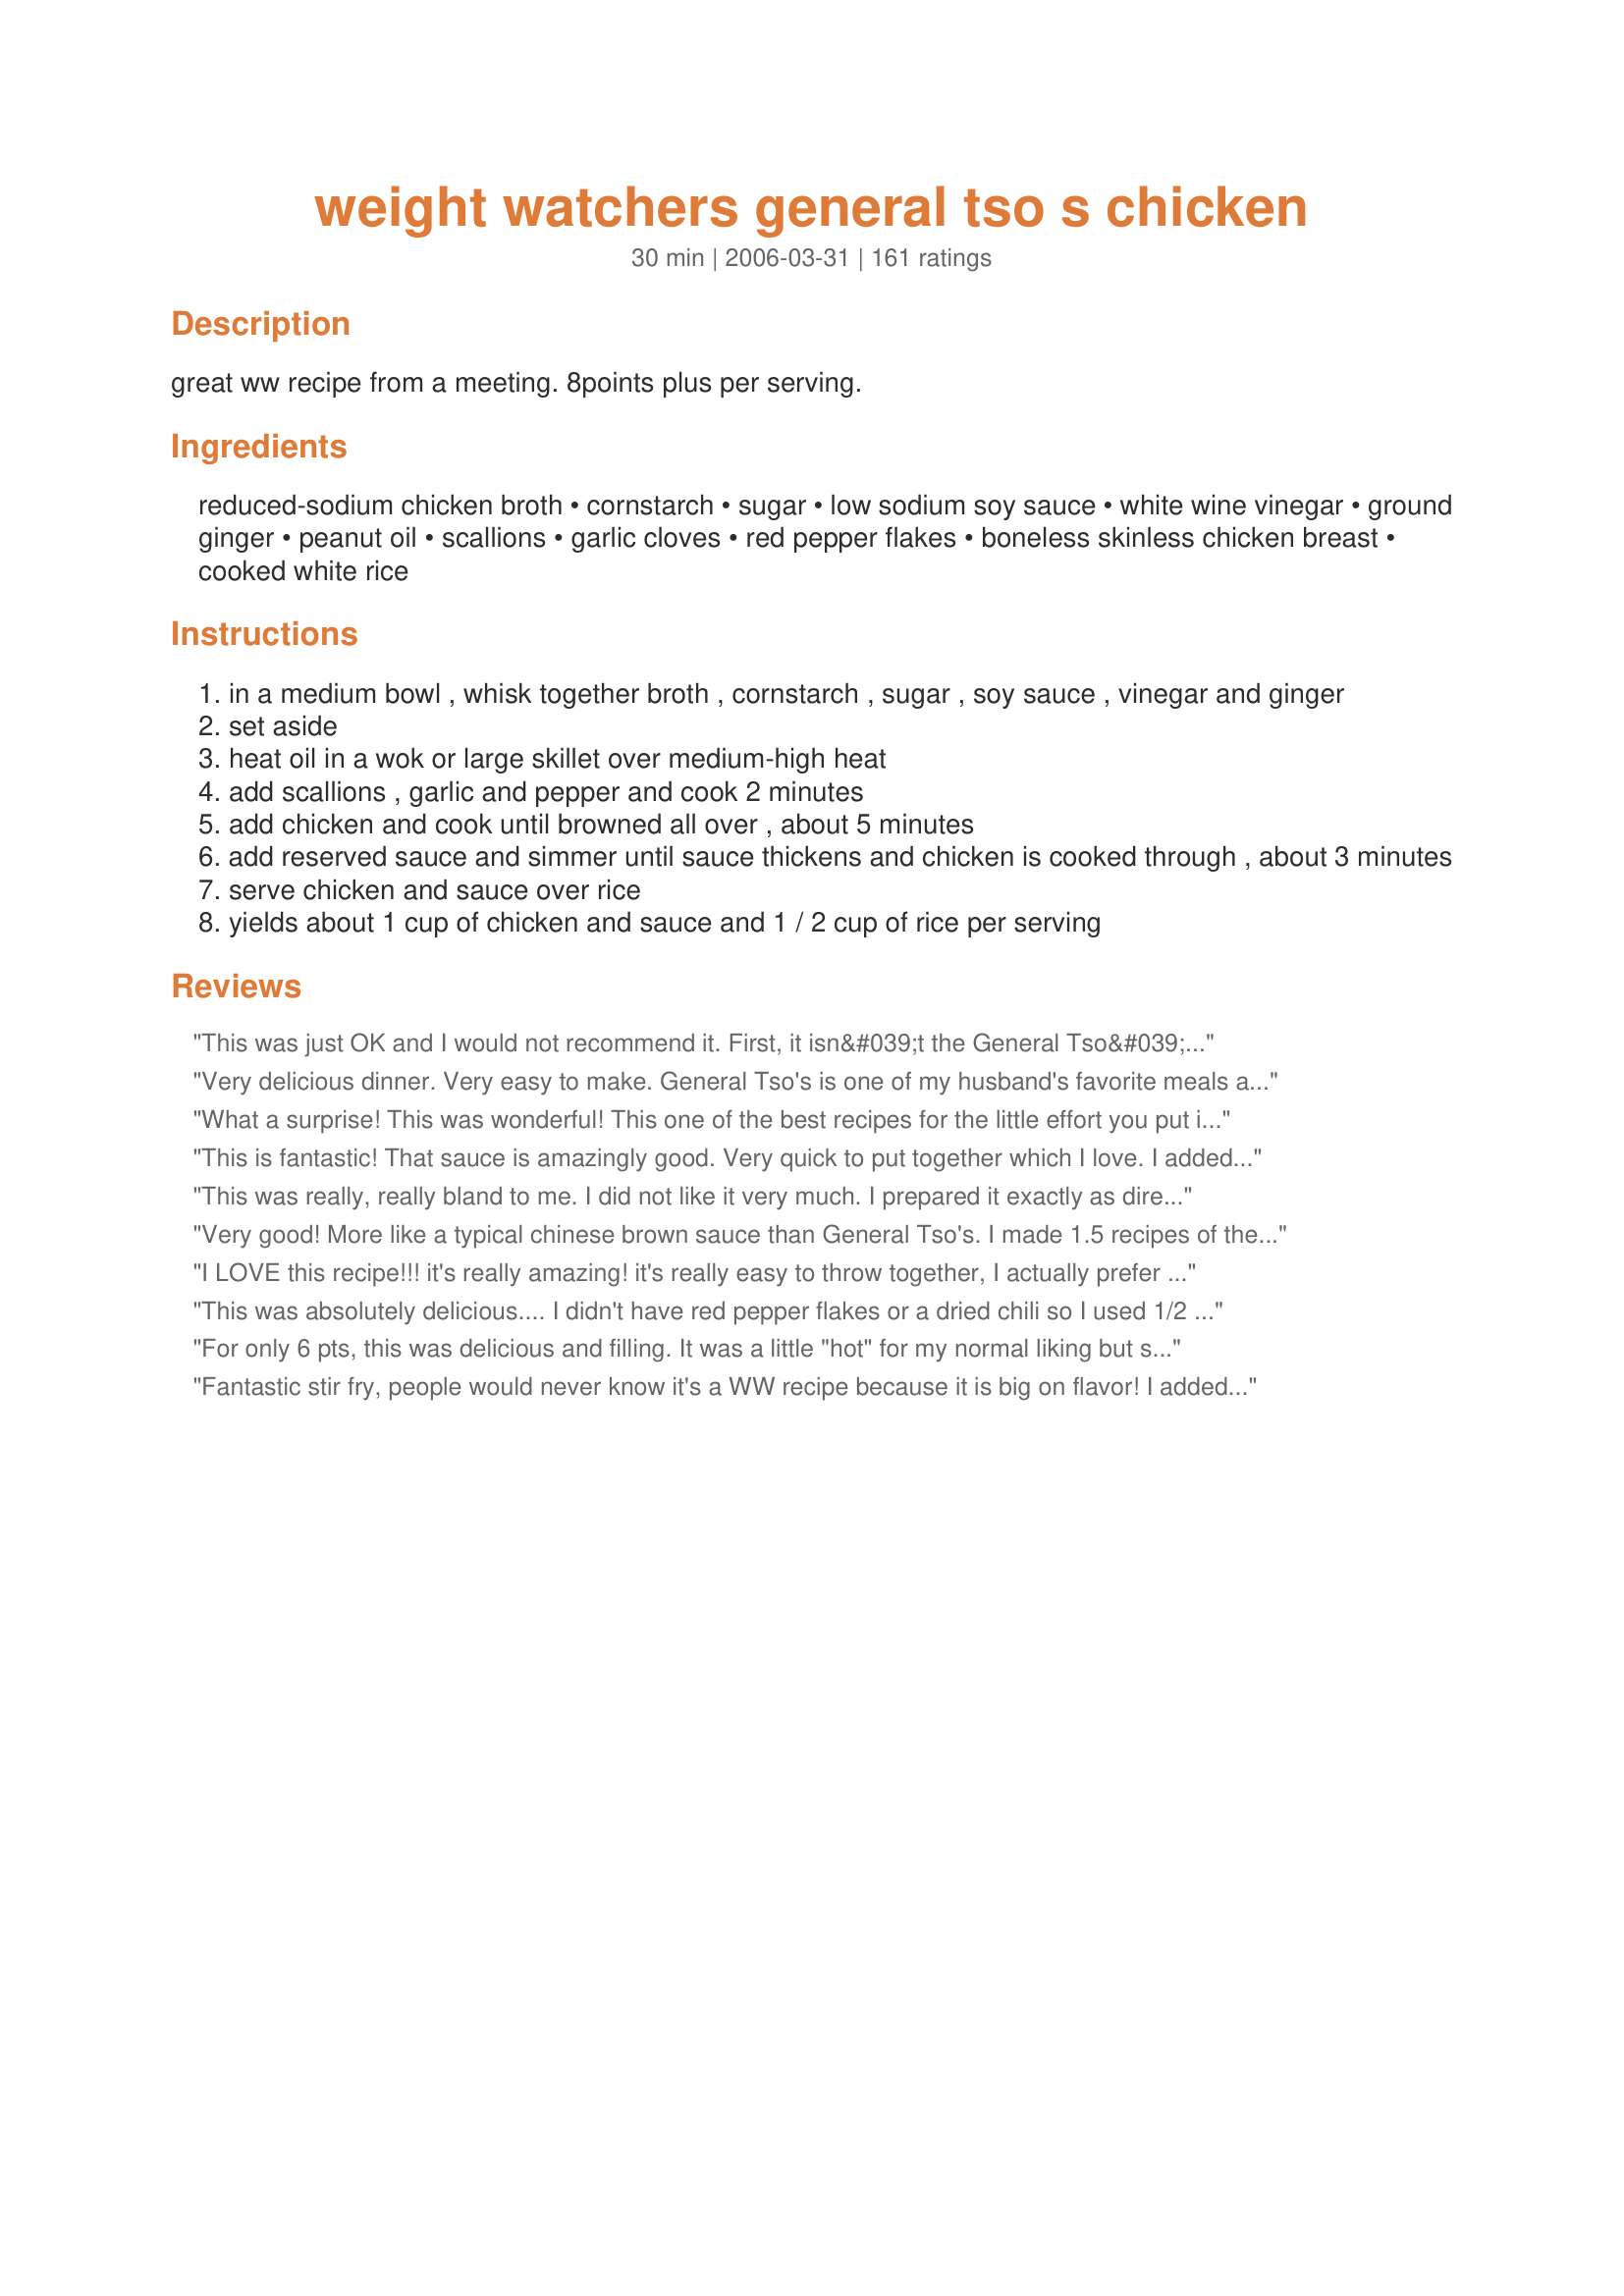
weight watchers general tso s chicken
Preparation time: 30 minutes

great ww recipe from a meeting. 8points plus per serving.

Ingredients:
reduced-sodium chicken broth, cornstarch, sugar, low sodium soy sauce, white wine vinegar, ground ginger, peanut oil, scallions, garlic cloves, red pepper flakes, boneless skinless chicken breast, cooked white rice

Steps:
in a medium bowl , whisk together broth , cornstarch , sugar , soy sauce , vinegar and ginger
set aside
heat oil in a wok or large skillet over medium-high heat
add scallions , garlic and pepper and cook 2 minutes
add chicken and cook until browned all over , about 5 minutes
add reserved sauce and simmer until sauce thickens and chicken is cooked through , about 3 minutes
serve chicken and sauce over rice
yields about 1 cup of chicken and sauce and 1 / 2 cup of rice per serving

Reviews:
This was just OK and I would not recommend it. First, it isn&#039;t the General Tso&#039;s you&#039;re craving. It tastes like chicken with a chinese flavoring, but that&#039;s about it. There&#039;s a serious lack of flavor though and I will not be making it again. &lt;br/&gt;&lt;br/&gt;If you&#039;re craving Chinese, you&#039;re better off going with a szechuan chicken recipe from this site (sans the frying portion - saute instead) or one of those flavoring packets you can get at the grocery store.
Very delicious dinner. Very easy to make. General Tso's is one of my husband's favorite meals and he enjoyed it very much. Thanks xpnsve for a great weekday dinner idea.
What a surprise! This was wonderful! This one of the best recipes for the little effort you put in it. I doubled the sauce. I may triple the sauce next time b/c we are saucy people.
This is fantastic! That sauce is amazingly good. Very quick to put together which I love. I added organic carrots and some broccoli and served it over brown rice! It's a keeper :)
This was really, really bland to me. I did not like it very much. I prepared it exactly as directed. It just really lacked the 'punch' I have come to know and love from genuine General Tso's sauce. The reason I am giving it a "liked it" review is because I sprinkled the red pepper flakes on mine at the end so I could give my kids some that wasn't spicy. However, even with that taken into account the underlying sauce also very much lacked in flavor. Sorry!
Very good! More like a typical chinese brown sauce than General Tso's. I made 1.5 recipes of the sauce and added two heads of broccoli and served it with brown rice instead. Very tasty!! Great way to get a healthy, Chinese fix at home!
I LOVE this recipe!!! it's really amazing! it's really easy to throw together, I actually prefer it without scallions and fewer red pepper flakes, but that's just me! I have already make it a few times! it's in the front of my cookbook
This was absolutely delicious....
I didn't have red pepper flakes or a dried chili so I used 1/2 tsp of cayenne pepper instead. It had a good kick to it. I will try it next time as written. Well deserving of the 5 stars!!
For only 6 pts, this was delicious and filling. It was a little "hot" for my normal liking but something I am willing to live with....And, the picky husband liked it. So, overall, it's a keeper!
Fantastic stir fry, people would never know it's a WW recipe because it is big on flavor! I added steamed broccoli to the chicken at the end just before serving and served it over brown rice. Thanks for posting.
I made this recipe two weeks ago and am making it again tonight. I can't believe how easy is to make, and it tastes excellent. My husband loved it, and doesn't care that it is a WW recipe since it tastes so good. Thanks Helluvawoman!!!!
W-O-W! I would give this 10 stars! This is soooo so good!I absolutely loved it! Thanks for the wonderful recipe! I'll definitely be eating this often. MY husband loved it, and my 19 month old ate more than I did! Mmmm can't wait to have this again! I didn't change anything except I used vegetable broth (only 15 calories per 1c), and I used arrowroot starch instead of cornstarch (also a little lower in calories).. This would also be wonderful as a vegetarian meal! You could use tofu, or just a mixture of different stir fry vegetables (or both), yum!
The fam loved this one - Thanks !
I did not have the scallions and used 1/4 yellow onion instead. My husband said it still tasted like the real "General's Chicken" he loves. This is a keeper.
Amazing!!!! I loved the sauce so much that I doubled it and poured over noodles and made a General Tso's Lo Mein (if that is a possible combination!!) I didn't have scallions, so I used onions and added some red pepper and peas to it. WOW!! I am SO anxious to try it as written and over rice. Terrific Recipe!
Delicious!!! I will agree - this isn't like the General Tso's you get at a restaurant, and for that I am eternally grateful. "Real" General Tso's is usually gummy, overly sweet, and made with questionable meat. This has INCREDIBLE flavor and won't send you into a diabetic coma or cardiac arrest. The only adjustments I make are to decrease the red pepper to 1/4 tsp (I'm a weenie when it comes to heat - my husband just sprinkles more on his serving), and to serve it over brown rice. We prefer the flavor, and for those on WW - or just trying to eat better - it's better than white. This is in my keeper file and used frequently!
It's a nice dish but not what you would expect. I didn't quite get the dark color that was seen in the photo, and the chicken itself didn't get seasoned quite enough by following the cooking directions. I added broccoli though with great results, it's probably my favorite part of the dish!
Fantastic! I added some diced red bell peppers for a little more bulk, and increased the amount of red pepper flakes. I thought that one serving was enough food, but my husband wanted seconds. I actually liked that the sauce was as thick as it was, so I wouldn't recommend thinning it out.
i really liked this recipe. i used shrimp instead of chicken and substituted sugar with splenda to lower the points. it turned out great.
My two picky kids both liked this so this gets kudos from me. Good job!
This was okay. I did like the spiciness from the pepper. I mixed in some broccoli at the end.
This has great flavor! i did have a little problem with the sauce though, it didnt seem to get thick enough.Iam not sure why, i followed all the measurements exactly! (?) I only had a bite and i put the rest in the fridge yesterday for hubby's dinner(we work opposite shifts) well i havent asked him yet but i think he really liked it because when i got home today its all gone! :) I will definately be making this again and hopefully i will get a whole serving! lol. thanks for sharing!
My husband is a huge General Tso's fan and this low fat version is no different. He has even made it when I am not home to enjoy it. My daughter thinks it is great and I really enjoy it as well. Thank you so much for the recipe.
Incredible dish which I served over brown rice. I double checked the points and I came out with 8 points....so just beware. My DH and I were very impressed with this meal and will plan on doing it again and again!!! Thanks for the posting!
Points?
So good, by far the best thing to kill a chinese food craving. We will definatly be making this again, at least once or twice a month, *if not a week*
delicious and easy to make.
I thought this dish was really tasty, but I wouldn't call it General Tso's chicken. The sauce doesn't taste enough like General Tso's. That said, the sauce is good, I doulbed it and added broccoli, bell peppers, onions, and served with brown rice. I'll definitely be making it again.
This was quite good and easy to make. It was spicier than I expected it to be, but that's a good thing. I did not use low-sodium indredients, though. I usually find that food lacks in taste when I do. I didn't have white wine vinegar so I used rice vinegar.
I was hoping to make a lighter version of the general tsoa's I'm familiar with, but this was not sweet enough. I appreciate that this was weight watchers, but I might try this again with apple juice instead of the broth... and maybe more garlic and real peppers instead of the flakes.
This recipe tastes like teriyaki chicken and I enjoyed it. I changed out the suggested ingredients with sesame oil and rice wine vinegar and added 50% more chicken broth in the sauce. I also added microwave steamed mushrooms, carrots, and broccoli. Next time I'll add celery as well.
Great Substitute for the real thing! Quick and easy to make as well. If you like a little less spicy kick to it, just cut down the red pepper flakes.
Really good...made exactly as written except for I left out the dried chili. Tastes TOO good to be weight watchers...
I made this last night, and it was fantastic. (and easy) The fam kept going back to the wok until it was spotless. As a matter of fact, I've been looking for a really good Garlic Sauce recipe too, and I think if I just boost the garlic, and add a little honey it will be heaven for that too. Thanks!
This was so delicious. I will be making this one again and again. Thanks!!
Tasty!I don't know if I would quite call it General Tso's chicken but it definitely was a very yummy "ginger" chicken. It was nice to be able to make Chinese food on a week night and not feel guilty about it.
My husband doesn't like anything very spicy, so I cut the red pepper flakes in half. That was the perfect temperature for him and my kids, but it still had enough kick for me to like it too. My kids shy away from anything that looks like it might be "Chinese food," but they ate this really well. And to think, it still fits in our New Year's weight loss plan!!
This was a great dinner and it was so quick!
This was a yummy recipe and quick to assemble. I followed as written and it turned out great. You wouldn't even know it was WW based. The second time I made it I doubled the sauce so it would go farther on the rice. A definite keeper!
Excellent! There is nothing in this recipe I would change. This will definitely be a go-to recipe. It was super quick and easy to prepare and the flavor was great.
I made this with my boyfriend for the celebration of our two-year anniversary. We loved it! I agree with those who say it is sweet, though. I believe next time we will add more garlic and red pepper flakes because neither seemed to be identifiable in the flavor of the dish. Thanks for posting!
Good flavor and easy, although I don't think it should be called General Tso's chicken. Definitely not the General Tso's I like, or what I usually make at home. DH, agreed...would eat again certainly, but not when he's really craving "General Tso's". 
Thanks for posting!
I made this for dinner last night. I had everything on hand except the scallions so skipped those. We had this over rice and really enjoyed it. The leftovers were all eaten when I got up this morning!
Great flavor! And very easy to do. I followed everything as directed, except I served with a little less jasmine rice and some veggies. Thanks for sharing!
We really didn't like this, sorry. It was too sticky, lacked flavor and was too sweet. Made for Healthy Eating Tag.
It wasn't quite what we were used to for General Tso's, but a very good healthy alternative. It wasn't spicy enough for us, so next time I will try adding more red pepper flakes.
DH and I loved this recipe. We are both trying to watch our calorie intake, and this really hits the spot when we are craving chinese food. Thanks for an excellent dinner.
It was a good substitute for real General Tso's chicken. It's also pretty easy to make!
Good flavor and very easy.
This was very good. I made this for my family last night and we loved it. I did add some quartered mushrooms, since I had some that needed used up but otherwise followed the recipe. Very easy to prepare, we will make again ( with the addition of mushrooms). Thank you for sharing this recipe.
Loved this and so did my family ! added asian veggies and made it a great meal with low points.its a saver.
5/5 Stars from DH & FIL ...loved it!! 4/5 from me though, only b/c of the ginger. I should have left it out as I can always taste the ginger and don't care for it. Will make it w/o next time, and it will be a 5/5 from me too! ;)
Very good!
This didn't really taste like the General Tso's that we've had, but we still thought this was very good. I'll definitely make this again.
I thought this was a great recipe; made it for my husband last night. Silly me forgot to saute the pepper flakes/garlic so I just threw it into the sauce--but it wasn't spicy enough for hubby so will make sure I do it right next time! I used rice vinegar, Splenda & had no scallions. I tried to use sesame oil but accidentally used too much and created QUITE a splatter!! The sauce seemed thin, but when I added it to the chicken it thickened up really well--almost too well cuz hubby wanted MORE of it! Will work with this recipe; hubby loves General Tso's & hopefully this will be the chosen recipe :-D
General Tso's is my favorite. But, being on Weight Watchers, this is a no-no. I made this with tofu for me and chicken for my husband. When making with tofu, use a pound of cubed tofu and add 2 tsp more of cornstarch. (And, when made with the tofu, 1/2 cup = 3 points)
This was incredibly good! The only thing I did differently was to use rice wine vinegar since that's what I have and cut up chicken thighs since I've come to prefer them. Otherwise, I followed exactly as is, and I wouldn't change a thing! I love ginger, so it was the perfect amount for me, even if I can understand others who are not such fans using a bit less. The amount of spiciness was perfect, too - spicy, but not too spicy. I liked that the sauce was thick because it made the whole thing taste that much more decadent while still being guilt-free healthy! The portions were on the smaller side, but that's probably sort of the point of Weight Watchers, I'd guess... I held myself to just my portion, but I look very forward to more for lunch tomorrow :) I'll be making this again and again. Thank you for sharing a winner!
This was amazing. I made this for my wife, and when we were done we both looked at each other and stuck out our bottom lip because there was no more. Great job with this one. The fact that it is so low in calories is just a bonus.
excellent! this sauce is restaurant quality but without all the restaurant calories. I will definitely be making again.
Really good! My whole family loved it.
Very tasty! I substituted corn oil, and used garlic powder because I was out of fresh. My husband loved it, and requested that I make it again - soon! Thanks for posting.
Holy cow this was good!!! I followed this one to the letter and served it with sriracha sauce on top for DH and I (so the kids didn't have to deal with our spice kick!) and we LOVED it!!!! Will definitely make again!
excellent
Fantastic. Cannot believe the flavor. Really good. I'll make this again!
My whole family enjoyed this! We love chinese food, so his will be a make again recipe! Thank you!
Not ever having the real thing before I can't compare it but this recipe has a great taste. I changed the sweetness because I'm not a fan of sweet and sour. I doubled the recipe but not the chicken. Added some chopped mushrooms and asparagus, cut on the diagonal to replace the chicken amount. Used a whole can of chicken broth and decreased the corn starch to 3 level tablespoons. I used 1 teaspoon of vinegar and 1/2 t. sugar. Per serving I only used 1/2 c. rice and 1 c. of the chicken and sauce. I didn't figure out the calories but it has to be a lot less than the nutritional information for this recipe. Delicious!! I foresee making this many times in the future. Thanks for posting!!
Ok, so I only made the sauce and used it in some frozen stir fry veggies. But it was so easy and fantastic! Very satisfying and yummy! Thanks for this recipe... I'll definitely be making this instead of buying the crap in the bottles.
This is better than Generals Chicken from the store. I LOVE it!!
This was so good. Hard to believe it is low fat
Incredible! Even my 15 yr old like this. I made it as written except I left out the scallions as no one but me would eat them. I would make a little extra sauce as it was very good over the rice. Hard to belive this is only 6 points (with rice!)
Another new family favorite. Based on other reviews I reduced the amount of cornstarch but found it too thin so I went ahead and added more using what was listed in the recipe and was very happy.
LOVE IT! and its really easy. I supstitute the peanut oil for sesame oil as we really love the taste. Everyone eats this, including my kids!
easy, loved it! I added fresh asparagus to the stir fry and it was delicious!
Super easy and quick! Tastes great! I don't enjoy spicy foods so I went easy on the pepper flakes. This would be a good recipe for Pampered Chef consultants to demo -- it shows off lots of the gadgets that PC has to offer.
Delicious and easy! Thank you.
This was the best General Tso's chicken I have ever eaten. I followed the reviews and wound up doubling everything except the cornstarch and ground ginger. I also added extra garlic. It was absolutely incredible. I let the chicken simmer in the sauce for about a half hour.. the longer it simmered the thicker it became.
We really enjoyed this, kids and all. Will make again for sure! Thanks!
I thought this was super easy and very tasty. I would hold off on putting the cornstarch in right away and instead make a slurry at the end and thicken to my preference. Otherwise, good. My husband liked it too. We had with rice and steamed veggies on the side.
I liked this but I think besides for the heat of the pepper, it wasn't that flavorful. Maybe it just needs more ginger and soy. I did add broccoli which was good. I thought was super easy to make.
Very nice entree. I read many reviews and took ideas from all. I served it with white rice and egg rolls. I added red bell pepper, onion and garlic to the chicken as I browned it in sesame oil. I added water chestnuts just to heat and I followed other reviewers advice and cut the corn starch to 1 Tbsp and used 1 1/2 Tbsp of Splenda instead of sugar.<br/>I will add a little more soy sauce next time for a little more depth of flavor. I too am a whimp when it comes to hot stuff so cut the red pepper flakes to 1/4 tsp. I used regular onions instead of scallions. I used skinless boneless chicken thighs and they were moist and tender. All in all a nice oriental dish and we will have it again. Thanks,<br/>Carole in Orlando
I have other recipes that use these same ingredients but they really taste great in this dish! I will make again soon!
Thanks for sharing this fantastic recipe! It was everything I was hoping it would be. Perfect and definitely a new favorite!
This is one of the fastest and best recipes for General Tso's Chicken. I added an extra chicken breast, since we needed 5 servings and a little extra garlic but the recipe still makes more than enough sauce. This is my husbands favorite and couldn't believe it was a WW recipe!
Very tasty. Loved by all including a 3 year old (put very little sauce on her rice & chicken so it wasn't too spicy). I don't like my food too spicy & thought this was the perfect level of heat. I served it w/ brown rice and broccoli. We'll be adding it to our WW & our regular recipes!
Wow, it's hard to believe that this is only 6 points. Made exactly as written and both my husband and I loved it. Will add a bit more red pepper flakes next time--and there will be a next time. Thank you.
Loved this!
This was very quick and easy to put together. The whole family loved it. I will definitely be making this one again.
I've never had the real Gen Tso's but this is really yummy. I also like thick sauce but this is WAY too thick. It was almost like jelly. I will make this again but cut the cornstarch WAY down. Thanks!!
Awesome! I loved the sauce (used a little less corn starch and a little extra water). We added broccoli to it and ate it over a mix of white and brown rice. My husband thought it was great for a lowfat meal. Thanks!
Very good! Even DH liked it! We through in some leftover brocolli and had a one-dish meal out of it. Thanks for sharing!
I made this because my Hubby loves General Tso's Chicken from the restaurants and he really loved this one too! I thought it was great and it's a recipe we will be making again! So easy to do, you have to try it! Thanks for sharing!
This was very good! The sauce ended up a little spicy for me so I just made another batch of sauce without the red pepper and threw it in. Yum!!
I was surprised that my first try at making this dish it was good. My son is very picky he enjoyed it
Very good recipe. The sauce came out perfectly for me unlike some other reviewers. We added brocolli at the end of cooking time for some extra vitamins and nutrients and a true one dish meal. Will add to my rotation!
The DH, who&#039;s the chinese food lover in our house, gobbled this up so I gave it five stars. I thought it was decent, particularly for a WW recipe, but I&#039;m not much a fan of sweet mixed with savory.
My BF said give this 5 stars, he loved it! I was suprised how easy it was to make. Didn't have any peanut oil so I substituted sesame oil, and used splenda instead of sugar. I had left-over rice so this meal was ready in under 15 minutes. Served with stir fried green beans on the side. With the sauce I didn't even miss the breading on the chicken. Actually I think it's better without it. Thanks for posting this recipe, it's a keeper for us.
Just made for dinner, was very good. Substituted rice wine vinegar as I didn't have any white wine vinegar. Also doubled the recipe cause I have a big family. Will be making often.
We loved this. We liked it better (for homemade) than the traditional fried kind. Very simple to make and really tasty. My 14 year old son loves General Tso's Chicken and making it at home with my old recipe was such a hassle with all the batter and frying. This is WAY easier and much healthier! I have made it a few times and cannot say enough good things about it. It always turns out wonderful. I always double so that we have left overs. Try this one!
This is definitely a good alternative to the high fat General Tso'S at a restaraunt! I loved it.
This was so fast and easy to make. My sauce was a little different than the picture's but it was still good, and we will definitely have it again. We are vegetarian, so I used White Wave wheat meat (which is like a chicken substitute) and powdered chicken stock substitute mixed with water. It still worked great, and served with some 0 point broccoli, it was the most nutritious and filling meal we have had in a very long time! Thank you!
Thanks for finding this well thought out, tasty recipe! My sons and their children would never know this was unearthed at weight watchers (which I love) -want to keep this as a regular! Thank you!! Amy Nymark
Very good and quick recipe. Even the kids loved it. Will definitely make this again.
This is a great dish, it taste just like the one in a Chinese Restaurant only healthier!
I am not a fan of dredging food through goo and then batheing it in hot oil so I thought this might be a good alternative. Made this last night and it was a HUGE hit. As my BF said, it tastes "cleaner" without all the oil and it doesn't sit as heavy on your stomach either. We both love the General's chicken but I rarely make it as it is just too fatty. Thanks for posting this recipe. Now we can have the General's chicken as often as we want. The only change I made was I bumped up the amount of hot pepper as we like things quite spicy
OK, how can something that taste so good be good for you? YUM!
Outstanding alternative to the fatty chinese restaurant alternative. I used rice wine vinegar instead of the white wine vinegar as that is what I had on hand and it was delicious!!! Served over brown rice, I just wanted to keep eating the sauce!!! Thank you helluvawoman for posting this new addition to our menu as we were getting tired of the same ole' stuff!!
This recipe was just OK to me, it seemed like it was missing something but I didn't know what. I did add some mushrooms and veggies, but overall I thought is was bland.
It doesn&#039;t taste like a real General Tso&#039;s but it is great anyways.
Very good. It's not exactly like the General's that I'm used to, but it is still very good. Just the right amount of spice and sweet. I used Splenda instead of sugar with no noticeable difference. Fiance loved it. I will definitely make this again.
This was so delicious! I only used 2 chicken breasts, but otherwise I followed the recipe as is. Very easy and tons of flavor. If you like extra sauce for your rice, I would consider making a little extra sauce. Thanks for sharing!
Easy to prepare and delicious. I was a little worried when I made the sauce because the vinegar smelled too strong, but in the end, it blended very nicely. I had a second moment of concern when the sauce thickened. It doesn't LOOK very appealing at that point, but once you taste it, you get over the snotty look. Next time I may add a little more red pepper flakes as we like our food pretty spicy. I served it over a brown rice/wild rice combo to up the fiber and steamed broccoli and fresh cauliflower and carrots. I'm looking forward to the leftovers! Thanks for sharing this recipe. It will go a long way toward making my Weight Watchers journey interesting!
The flavors were very similar to the real thing (of course minus the fat). My boyfriend is very hard to please and he liked it very much, esp the kick from the red pepper flakes. Next time I will double the amount. I also added more liquid (water and soy sauce) because I thought the sauce was too thick. The serving size is small but tasty.
This recipe was great! Used everything as directed except I substituted olive oil for the peanut oil. This was fabulous, fast and delicious. We ate it in no time flat! Will be sure to make it again!
This recipe is great!!! I really loved it and it was very easy to make!!
We loved this recipe! Yum...
This is a little different than General Tso's chicken, but it was absolutely delicious. Am trying to make every dish a little healthier lately and was not expecting such a great flavor in such a simple to make dish. <br/>I didn't change any ingredients, but did cut the sugar down to 1 1/2 T., but after eating it, I think next time I will only use 1 T. (I don't think we will miss the extra sweetness, and it saves a few calories.)<br/>I also almost doubled the chicken broth because the sauce got very thick quickly, and we like ours not quite so "gelatinous", if that is a word.....?? <br/>Any recipe that makes my family go back for seconds is 5 stars in my book.<br/>Next time I will add water chestnuts, green pepper strips, and some asparagus.<br/>Donna<br/>.
This was so easy to make and turned out delicious! I ended up with maybe 3/4 cup chicken and sauce for each serving rather than 1 cup and it's still very filling. Definitely a keeper!
Easy to make but did not taste like the general tso's chicken I get in the chinese restarant. It seemed like it was missing something as it was not as red as I expected.
This is a great healthy recipe! We all enjoyed it.
My boyfriend and I love this recipe. We are vegetarians and changed out the broth to Vegetable Broth and the chicken to TVP/Morning Star Chicken Strips. It is easy to make and tastes great.
Very tasty! I put in more red pepper flakes and made it really spicy. I do agree with some other reviewers that the sauce is kind of thick - probably could do with less cornstarch - but we all enjoyed it very much. Thanks for posting.
Wonderful!!! Just made this for the first time tonight for my husband. It was perfect!!! Don't change a thing!!!
This was so easy to prepare, other than cutting the recipe in half I followed the directions exactly and didn't change a thing. Served over steamed jasmine rice and it made a complete meal for DH & myself. We did use the pepper flakes for that added spice and it was perfect. Couldn't tell this from our favorite resturant, looked impressive and less calories and fat too. No wonder it has so many 5 star reviews - I'll be making this often
Tried it tonight, very tasty. I added some toasted sesame seeds when serving. Excellent!
Tastes just like from my favoite chinese restaurant. Amazing! Will be adding this into the regular rotation for sure. Thanks for sharing!
You can't ever replace the deep frying but this was a good yummy alternative with a lot less fat.
I had to add some garlic chili sauce and a little bit more soy sauce and vinegar to get more taste out of it. Also, I seasoned the chicken pieces with salt and pepper before throwing them in the wok. In addition, I added red pepper pieces and canned mushroom slices. Turned out really well!
I doubled the recipe and added cut up bella mushrooms and a cut up red pepper. I didn't have white wine vinegar so I used rice vinegar. I also used grated fresh ginger. It was very light and tasty and everyone was quite pleased with it. It was suggested that the next time ( and there will be a next time) I add some cut up broccoli at the very end for color and texture. Preparing everything in advance, made the actual cooking time very quick and easy.
Excellent! I added some broccoli and green beans and the dish looked and tasted like something I ordered in a restaurant! Thanks for this keeper!
So disappointed in this recipe. It was completely inedible. The amount of cornstarch used (2 tablespoons) turned the sauce into a disgustingly thick, gel-like mass. The whole dish was ruined. It actually would have been OK if the cornstarch amount was reduced to 1 or 2 teaspoons.
Excellent!!! So quick and easy, and tastes wonderful!!!! Thanks so much!!
This was very good - my DH prefers his General Tso's unbreaded, so this was the ticket. The sauce was very flavorful, but not hot/spicy enough for us - this can easily be remedied by adding Cayenne or stir-frying whole hot peppers prior to everything else, which we will do next time.
Thanks!
I have made this twice now and it is fabulous! I use a little less vinegar than called for, I think it is too overpowering. Served with some stir fried veggies it is a satisfying meal.
Excellent recipe! I was a bit concerned, having never successfully made Chinese food before, but this was easy. I will cut down the ginger a touch next time, and I added extra garlic. I reduced the amount of chicken a bit, and added broccoli in its place, and I really liked the result.
One of my all-time favorite recipes, WW or not! I cut back about 1 t. on the cornstarch - otherwise I find the sauce gets a little too thick. Serve over brown rice, and steamed sugar snap peas on the side.
Made this for our Valentine's Day dinner. Fabulous!
This needs 10 stars!! Its the quickest and best general tso's I have ever made. I will definately be making this again. Thank you for a wonderful recipe! Yum-o!!!!
Thnx for this easy recipe that is satisfying yet easy and not real pound packin&#039;
My family really liked this! I omited the red pepper flakes as I figured my kids wouldn't like it and it still tasted very good. Next time I will split the recipe in half and add the flakes and I think my husband & me would really like the kick. Thanks!
This was VERY tasty. I love General Tso's chicken, so decided to make this. The only thing I did differently was to bread the chicken. Yes, it adds calories and fat and such, but I don't care - it was good. :) My only complaint would be that it wasn't as saucy as I'd like. Next time, I believe I will double the sauce! Thanks for the awesome recipe!
I was really hoping to like this recipe more, as I am following WW and love General Tso's chicken. I did not expect to be exactly the same, of course, but I did not feel that this resembled General Tso's much at all. I followed the recipe as stated, and it smelled very good while cooking, and the sauce thickened up and appeared to be a good consistency. However, upon eating, my family found it lacking in taste/spice. I'm not sure what could be done to enhance the flavor. We probably will not be making this again, but thanks for sharing.
This was really good. I don't usually eat it from restaurants but my husband does & said it was very good. The spice was just right for me. It was very simple to make and will definitely make again. I used sesame oil becuase I had it on hand & didn't want to spend $5 on the peanut oil. I served it on lo main noodles but won't again, just becuase the WW pts are double what the white rice was. It was tasty but if you're watching points...It's only 4 pts if you take the rice out of the recipe.
Thought this was great!! Tastes just like the real thing without all the grease! Thanks!
This is delicious! I'm not sure that I'd call it General Tso's Chicken, but it was still fantastic. I also added a 10 oz pkg of chopped broccoli near the end of cook time (per past reviewer's suggestion) b/c I it when my meals have a little bit of everything in them. DH loved it to. Made enough to freeze for another meal!
Excellent! This tasted fantastic and went over well with everyone in the house except for my middle child who doesn't like ginger. I may try to make a separate portion of sauce without the ginger for him next time. I added some extra red pepper flakes to my husband's and my plates as we like our food a bit spicier, but other than that followed the recipe exactly. I made it to feed 6 people, but it seemed there still wasn't quite enough sauce for the 5 of us. I'd imagine that's because our portions were probably larger than they were supposed to be (we couldn't help it...it was so good!). I'll just make extra sauce next time too. Thanks for this delicious recipe!
excellent. Would use less cornflour next time, had to add water. Taste wise, spot on!
This was good, but I think I might have been expecting it to taste different. I do like how quick and easy it is. I didn't bother with any oil and I used Splenda instead of sugar for the sauce. Was going to follow someone's suggestion of adding broccoli, but forgot!
This is a great recipe. I did some adjustments.<br/>I used spenda (not sugar) and used equal amounts.<br/>We don't eat white so we replaced the white rice<br/>with brown. As written we had very little fire <br/>(to us it is all about the sweet and the fire) <br/>so we added much more fire. Outstanding!
This was absolutely wonderful, my husband and I just started Weight Watchers, and trying this recipe showed us we didn't need to deprive ourselves of food we love. This was extremely easy to make, took about 20 minutes. We added more red pepper and also cayanne pepper. Awesome thanks
We thought this was o.k. I made it as directed and I added broccoli to it. It was not very flavorful. It definatley needed more red pepper and something else. Next time I will stick to the regular General Tso's Chicken.
This is one of those recipes that gets better after the second day. Great low cal/low fat recipe. I will be it making again.
This was outstanding! I used rice wine vinegar instead of white wine vinegar. It took 8 minutes to brown but only 1 minute to thicken. There was nothing left on our plates when we were done. This will be going in my 5 star cook book. Thanks, helluvawoman for posting.
This was pretty good. I didn't have any scallions so I just left them out and I doubled the whole recipe. I should have not doubled the cornstarch, 2 TBS would have been plenty. Not exactly like the General Tso's I've had but very good and not bad nutritionally! Thanks!
I had never tried an asian type recipe at home before. This was my first attempt and it came out perfect. I loved this recipe. Followed the recipe exactly!! Thanks for posting this recipe.
I loved this recipe. It was super simple and quick!! going to be a regular at my house. I found it very flavourful and very satisfying...Must double it for left overs next time!! :)
This was pretty good...but I don't think it tasted like General Tso's, at least not any I have ever had. DH didn't care for it at all and was quite disappointed.

I followed the directions exactly. Mine did not turn out nearly as dark as it should have, or as pictured here. Again, it was good - just not what I expected. I would make this again but it will have to be on a night when DH is out of town or something.

Also, I don't think listing the rice as an ingredient and as a portion of the meal makes the points value accurate - as rices are different values.
I used the full sauce recipe for two breasts. Served on brown rice. Seemed way to good for a WW recipe. Needs more red pepper to be General Tso's Chicken.
This was very good! There was plenty of sauce and it was the perfect heat for me. The hubby enjoys his a little hotter and added additional peppers at the end. I added a few sesame seeds at the end just because we love them so much, but aside from that I made the recipe exactly as written. We both enjoyed it very much; thanks so much for posting your recipe... it really hit the spot :)
Very tasty and rated well by 2 very hungry men plus me! I made a few subs including veg oil for the peanut oil and 1 tbs brown sugar. I grilled my chicken pieces, then dipped them in the sauce before serving. I also drizzled a few tbs of sauce over some sauteed broccoli, onions and carrots. Will turn to again and again as I almost always have all the ingredients on hand.
I don't think this tastes like General Tso's chicken, that said it was good. I added some red bell peppers, chunks of onion and sliced water chestnuts to give it more texture.
This was easy to make and VERY GOOD!!! It is definitely going into my regular dinner rotation!!!
I left the chili's out of the cooking process for the kids and added crushed red pepper on mine and DH after serving. I was freaking out because I didnt have the vinegar or oil, but having read MANY reviews on this site, one thing I noticed is most dont let that stop them. So, I used sesame oil and rice vinegar, since they were on hand, and it turned out great!!!
I made this for dinner tonight, and while it tasted good it didn't taste like General Tso's chicken. It had a nice about of heat to it, my 4 year old could eat it although he did say it was spicy. I'm not sure if I'll make this again.<br/>Thanks for posting, it's always nice to try something different.
Great taste! I do think the "General Tso's" flavor is mostly there, but without the breading... hubby and I both agreed it doesn't quite taste like the real thing. But I'm all for the healthy version! I like the called-for amount of cornstarch, but I decreased the ginger by half. (personal preference)
